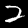
Digit: 2